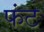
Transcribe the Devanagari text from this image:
फंट